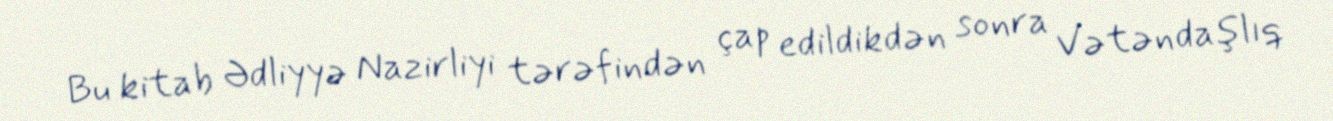
Bu kitab Ədliyyə Nazirliyi tərəfindən çap edildikdən sonra Vətəndaşlıq